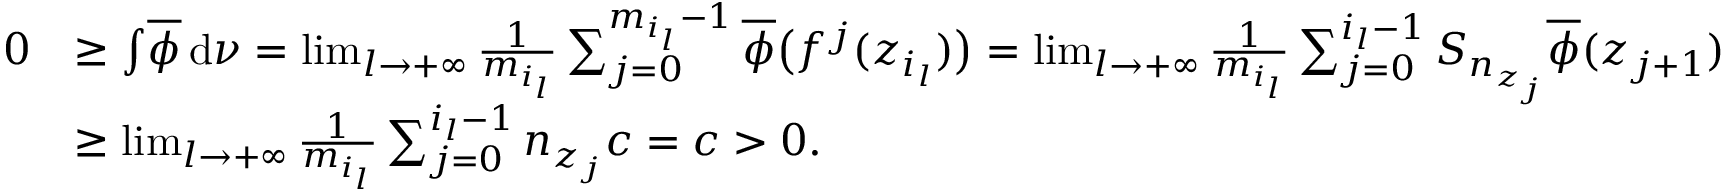
\begin{array} { r l } { 0 } & { \geq \int \! \overline { \phi } \, \mathrm { d } \nu = \operatorname* { l i m } _ { l \to + \infty } \frac { 1 } { m _ { i _ { l } } } \sum _ { j = 0 } ^ { m _ { i _ { l } } - 1 } \overline { \phi } \bigl ( f ^ { j } ( z _ { i _ { l } } ) \bigr ) = \operatorname* { l i m } _ { l \to + \infty } \frac { 1 } { m _ { i _ { l } } } \sum _ { j = 0 } ^ { i _ { l } - 1 } S _ { n _ { z _ { j } } } \overline { \phi } ( z _ { j + 1 } ) } \\ & { \geq \operatorname* { l i m } _ { l \to + \infty } \frac { 1 } { m _ { i _ { l } } } \sum _ { j = 0 } ^ { i _ { l } - 1 } n _ { z _ { j } } c = c > 0 . } \end{array}